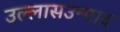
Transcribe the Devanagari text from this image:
उल्लासउन्माद